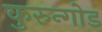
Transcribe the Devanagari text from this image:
कुरुन्गोड